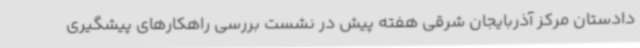
دادستان مرکز آذربایجان شرقی هفته پیش در نشست بررسی راهکارهای پیشگیری